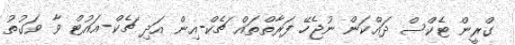
ގްރީން ޓެކްސް ދައްކަން ނުޖެހޭ ފަރާތްތައް ޗެކް-އިން އަދި ޗެކް-އައުޓް ވާ ވަގުތު